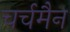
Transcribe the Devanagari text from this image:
चर्चमैन